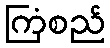
ကြံစည်